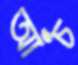
আঁচ